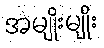
အမျိုးမျိုး